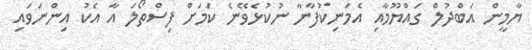
ޔާމީން އަބްދުލް ގައްޔޫމާއި އެމަނިކުފާނާ ނުކުޅެވޭނެ ކަމަށް ފިސްތޯލަ އާ އެކު އިންނަވައި